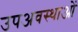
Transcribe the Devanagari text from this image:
उपअवस्थाओं